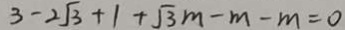
3 - 2 \sqrt { 3 } + 1 + \sqrt { 3 } m - m - m = 0